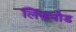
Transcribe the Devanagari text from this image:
लिंफनोड